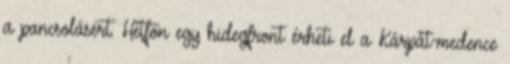
a pancsolásért. Hétfőn egy hidegfront érheti el a Kárpát-medence